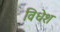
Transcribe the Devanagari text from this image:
विधेश